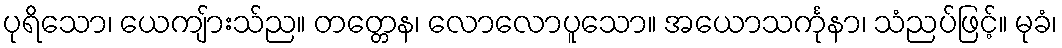
ပုရိသော၊ ယေကျ်ားသ်ည။ တတ္တေန၊ လောလောပူသော။ အယောသင်္ကုနာ၊ သံညပ်ဖြင့်။ မုခံ၊